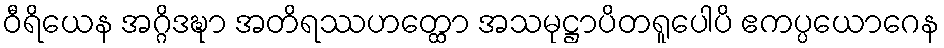
ဝီရိယေန အဂ္ဂိဒဍ္ဎာ အတိရဿဟတ္ထော အသမုဋ္ဌာပိတရူပေါပိ ဧကပ္ပယောဂေန